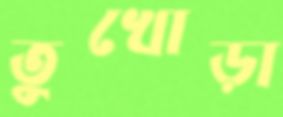
তুখোড়া